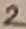
Text: 2